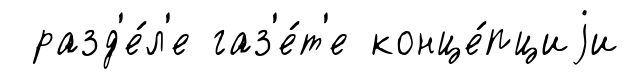
разд'е́л'е газ'е́т'е конце́пциjи